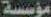
مؤسسة